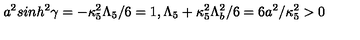
a ^ { 2 } s i n h ^ { 2 } \gamma = - \kappa _ { 5 } ^ { 2 } \Lambda _ { 5 } / 6 = 1 , \Lambda _ { 5 } + \kappa _ { 5 } ^ { 2 } \Lambda _ { b } ^ { 2 } / 6 = 6 a ^ { 2 } / \kappa _ { 5 } ^ { 2 } > 0